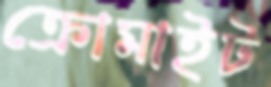
ক্রোমাইট